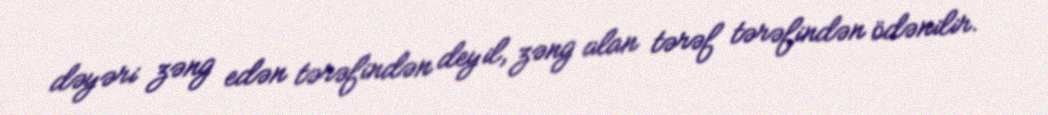
dəyəri zəng edən tərəfindən deyil, zəng alan tərəf tərəfindən ödənilir.